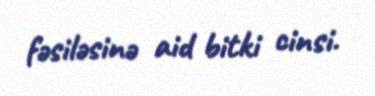
fəsiləsinə aid bitki cinsi.